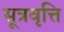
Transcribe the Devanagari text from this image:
सूत्रवृत्ति